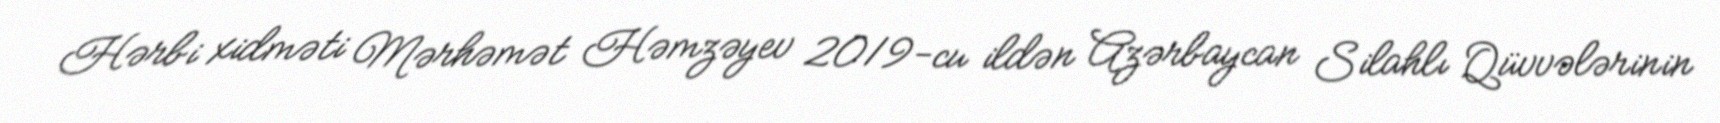
Hərbi xidməti Mərhəmət Həmzəyev 2019-cu ildən Azərbaycan Silahlı Qüvvələrinin